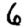
Digit: 6